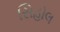
સિહોલ